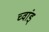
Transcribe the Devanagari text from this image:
च्वांड्